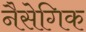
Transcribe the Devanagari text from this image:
नैसेगिक